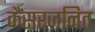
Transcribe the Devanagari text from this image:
कैंसरजनित